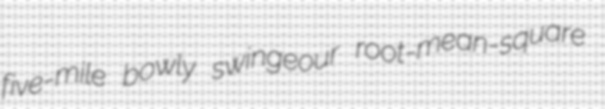
five-mile bowly swingeour root-mean-square